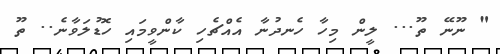
" ނޫނޭ ތޫ... ލީން މިހާ ހެނދުނާ އެއްޗެހި ކާންވީމައި ހޮޑުލަވާނެ.. ތޫ